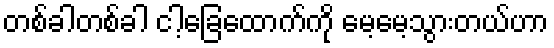
တစ်ခါတစ်ခါ ငါ့ခြေထောက်ကို မေ့မေ့သွားတယ်ဟာ